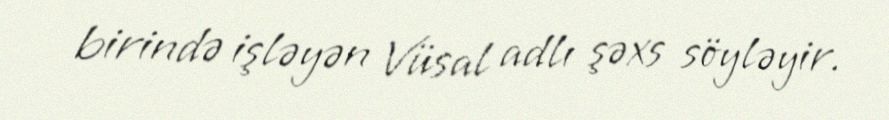
birində işləyən Vüsal adlı şəxs söyləyir.